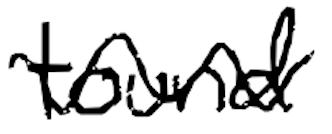
Text: found
Cross-out: mix
Writing tool: digital_black